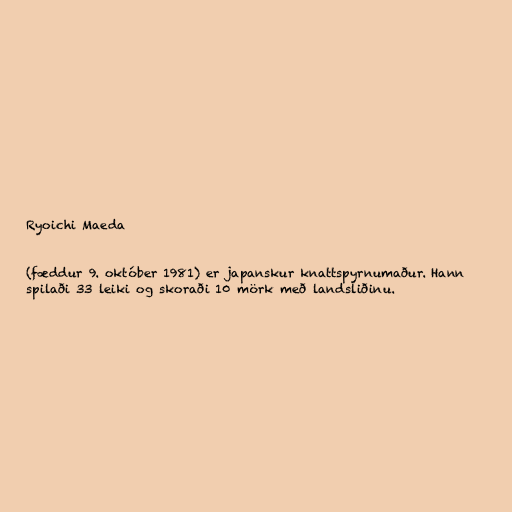
Ryoichi Maeda

(fæddur 9. október 1981) er japanskur knattspyrnumaður. Hann
spilaði 33 leiki og skoraði 10 mörk með landsliðinu.